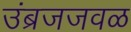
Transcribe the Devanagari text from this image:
उंब्रजजवळ